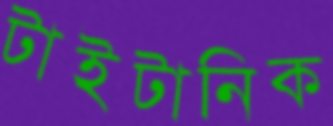
টাইটানিক